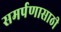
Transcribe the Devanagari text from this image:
समर्पणासाठी